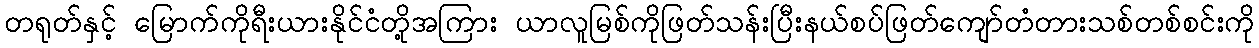
တရုတ်နှင့် မြောက်ကိုရီးယားနိုင်ငံတို့အကြား ယာလူမြစ်ကိုဖြတ်သန်းပြီးနယ်စပ်ဖြတ်ကျော်တံတားသစ်တစ်စင်းကို